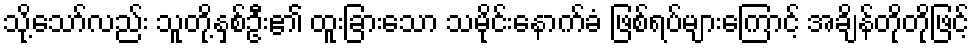
သို့သော်လည်း သူတို့နှစ်ဦး၏ ထူးခြားသော သမိုင်းနောက်ခံ ဖြစ်ရပ်များကြောင့် အချိန်တိုတိုဖြင့်